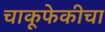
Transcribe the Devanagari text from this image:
चाकूफेकीचा